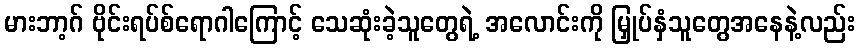
မားဘာ့ဂ် ဗိုင်းရပ်စ်ရောဂါကြောင့် သေဆုံးခဲ့သူတွေရဲ့ အလောင်းကို မြှုပ်နှံသူတွေအနေနဲ့လည်း